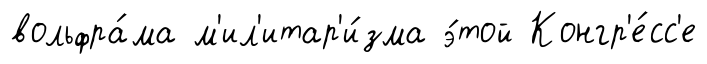
вольфра́ма м'ил'итар'и́зма э́той Конгр'е́сс'е